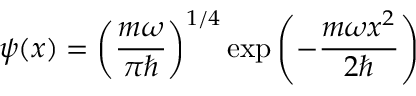
\psi ( x ) = \left( { \frac { m \omega } { \pi \hbar } } \right) ^ { 1 / 4 } \exp { \left( - { \frac { m \omega x ^ { 2 } } { 2 \hbar } } \right) }